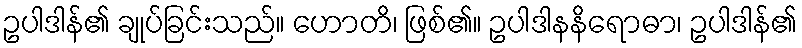
ဥပါဒါန်၏ ချုပ်ခြင်းသည်။ ဟောတိ၊ ဖြစ်၏။ ဥပါဒါနနိရောဓာ၊ ဥပါဒါန်၏